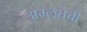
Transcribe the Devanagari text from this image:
अम्लतेची